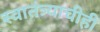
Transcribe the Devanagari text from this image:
स्वातंत्र्याचीही